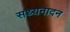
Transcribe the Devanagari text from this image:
सथ्यनादन